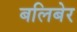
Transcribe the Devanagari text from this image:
बलिबेर